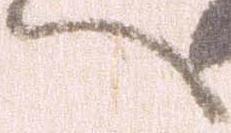
へ